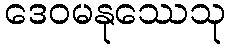
ဒေဝမနုဿေသု